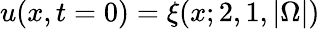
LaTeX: u(x,t=0)=\xi(x;2,1,|\Omega|)